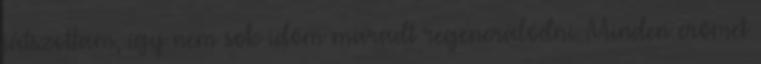
játszottam, így nem sok időm maradt regenerálódni. Minden erőmet